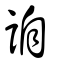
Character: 詯